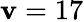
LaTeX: \mathbf{v}=17